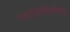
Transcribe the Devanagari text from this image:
रक्तनिर्मितीचा